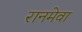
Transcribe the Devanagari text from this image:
रानमेवा